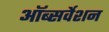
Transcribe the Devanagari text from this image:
ऑब्सर्वेशन